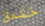
خندق